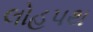
લોહપથ